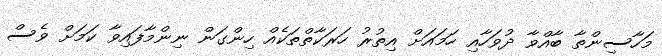
މަހާސިންތާ ބާއްވާ ދުވަހާއި ހަމައަށް އިތުރު ހަރަކާތްތަކެއް ހިންގަން ނިންމާފައިވާ ކަމަށް ވެސް